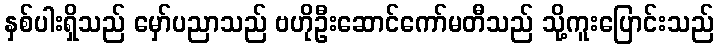
နှစ်ပါးရှိသည် မှော်ပညာသည် ဗဟိုဦးဆောင်ကော်မတီသည် သို့ကူးပြောင်းသည်